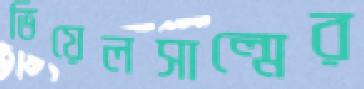
ভিয়েলসাল্মের